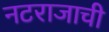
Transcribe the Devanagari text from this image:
नटराजाची